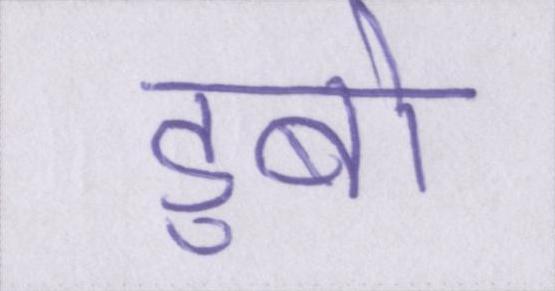
डुबो